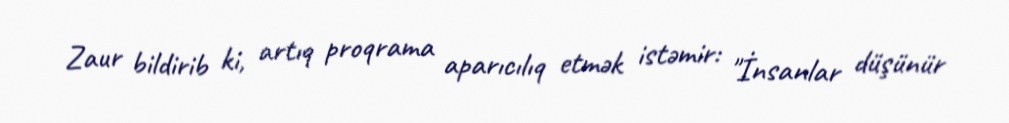
Zaur bildirib ki, artıq proqrama aparıcılıq etmək istəmir: "İnsanlar düşünür